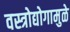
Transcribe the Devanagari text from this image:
वस्त्रोद्योगामुळे